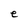
Character: e